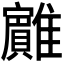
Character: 𱁏